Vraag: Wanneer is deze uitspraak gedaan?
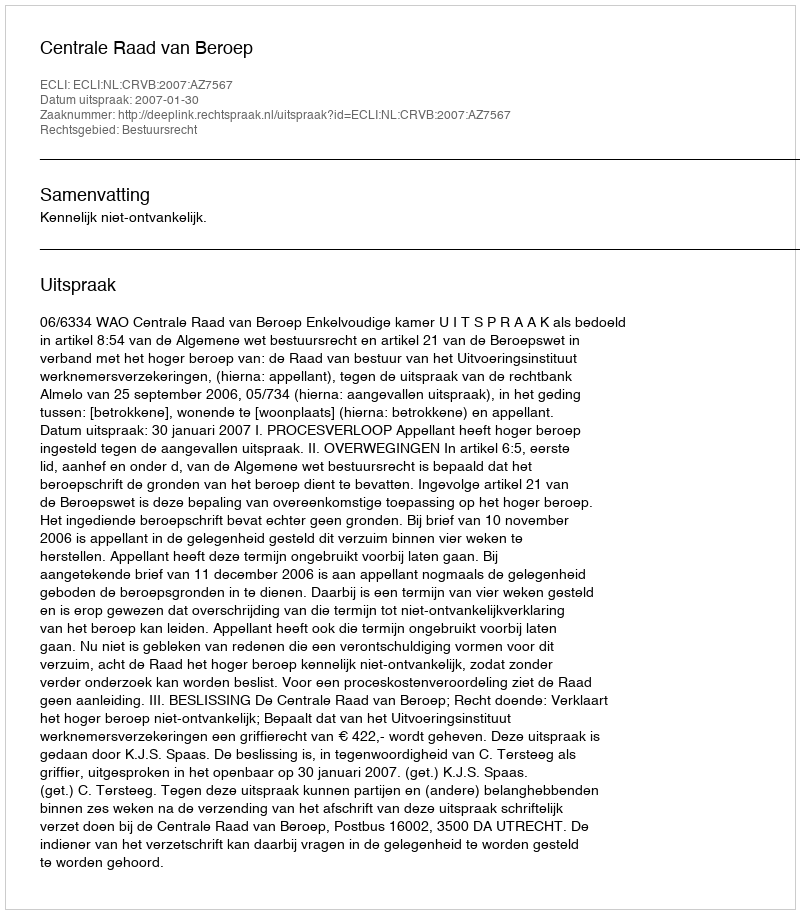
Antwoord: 2007-01-30